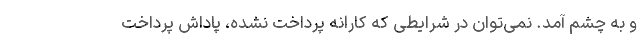
و به چشم آمد. نمی‌توان در شرایطی که کارانه پرداخت نشده، پاداش پرداخت